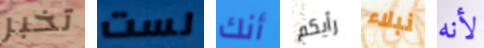
تخبر لست أنك رأيكم نبلاء لأنه